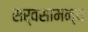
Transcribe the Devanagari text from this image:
सर्वसामन्य